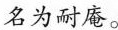
名为耐庵。